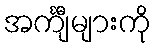
အင်္ကျီများကို